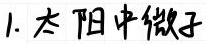
1. 太阳中微子